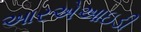
આરએઆઇડી